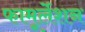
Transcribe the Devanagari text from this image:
फामूर्लेशन